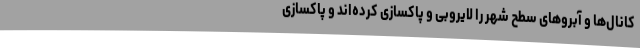
کانال‌ها و آبروهای سطح شهر را لایروبی و پاکسازی کرده‌اند و پاکسازی